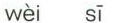
wèi sī